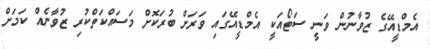
އެމްޑީއޭގެ ޒުވާނުން ވަނީ ސަޓޯއަކީ އެމްޑީއޭގައި ވަރަށް ބުރަކޮށް މަސައްކަތްކުރި ޒުވާނެއް ކަމަށް